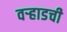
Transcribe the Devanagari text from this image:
वर्‍हाडची